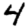
Digit: 4